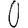
Digit: 0